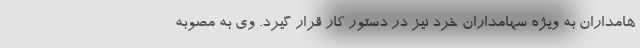
هامداران به ویژه سهامداران خرد نیز در دستور کار قرار گیرد. وی به مصوبه